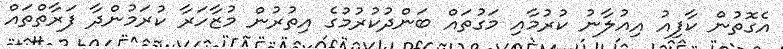
އެގޮތުން ކާފިއު އިއުލާނު ކުރުމާއި މަގުތައް ބަންދުކުރުމުގެ އިތުރުން މުޒާހަރާ ކުރަމުންދާ ފަރާތްތައް